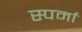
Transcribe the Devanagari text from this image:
स्पर्मा